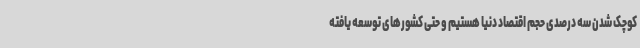
کوچک شدن سه درصدی حجم اقتصاد دنیا هستیم و حتی کشورهای توسعه یافته